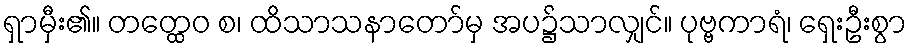
ရှာမှီး၏။ တတ္ထေဝ စ၊ ထိသာသနာတော်မှ အပ၌သာလျှင်။ ပုဗ္ဗကာရံ၊ ရှေးဦးစွာ